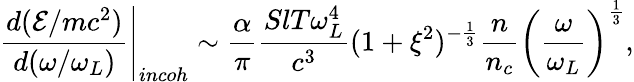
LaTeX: \left.\frac{d(\mathcal{E}/mc^{2})}{d(\omega/\omega_{L})}\right|_{incoh}\sim\frac{\alpha}{\pi}\frac{SlT\omega_{L}^{4}}{c^{3}}(1+\xi^{2})^{-\frac{1}{3}}\frac{n}{n_{c}}\left(\frac{\omega}{\omega_{L}}\right)^{\frac{1}{3}},